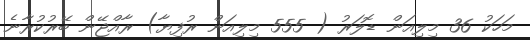
މަހަކު 36 މިލިއަން ޑޮލަރު ( 555 މިލިއަން ރުފިޔާ) ރާއްޖޭން ބޭރުކުރާނެ